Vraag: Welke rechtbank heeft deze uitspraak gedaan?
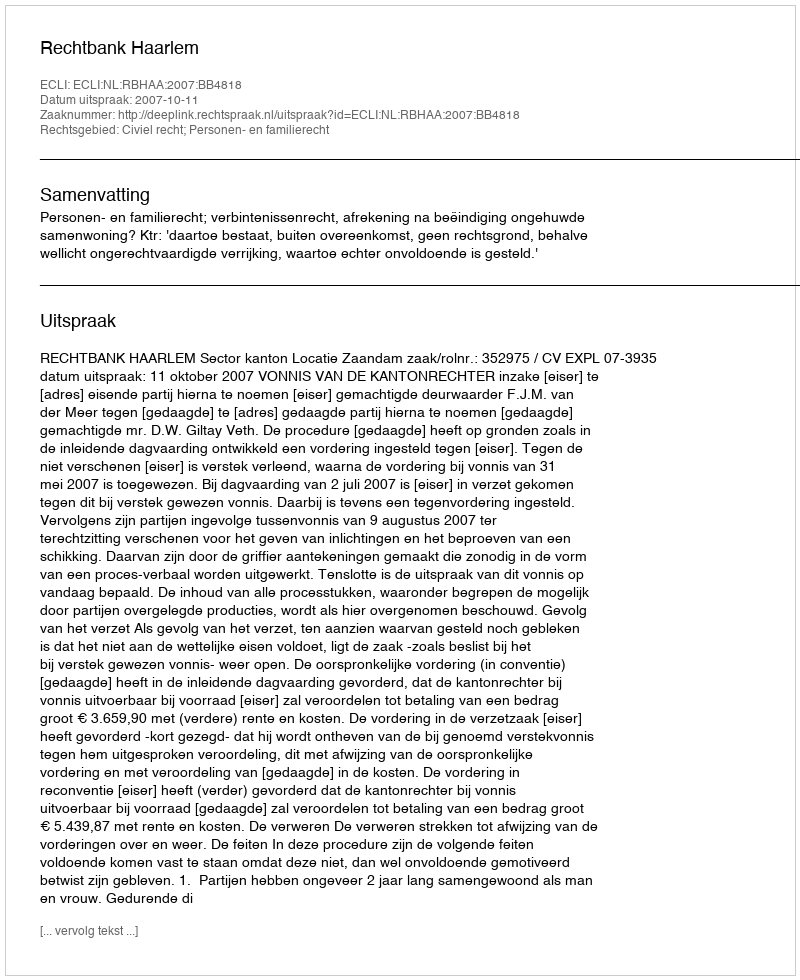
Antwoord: Rechtbank Haarlem